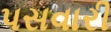
પસવારી